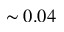
\sim 0 . 0 4